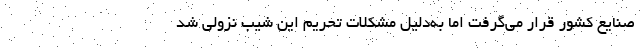
صنایع کشور قرار می‌گرفت اما به‌دلیل مشکلات تحریم‌ این شیب نزولی شد